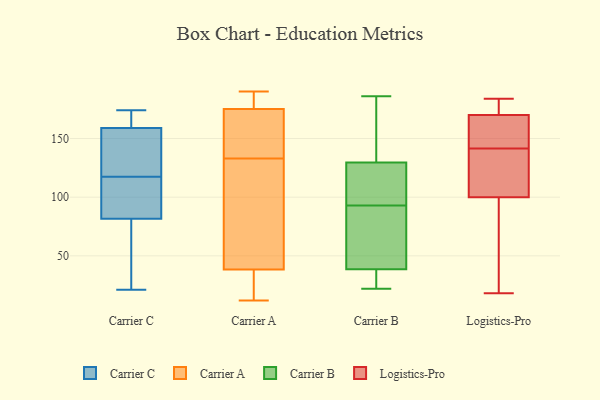
{"axis": {"x": "Churn Rate (%)", "y": "Value"}, "legend": ["Carrier A", "Carrier B", "Carrier C", "Logistics-Pro"], "data": [{"x": "", "y": 143, "type": "Carrier C"}, {"x": "", "y": 118, "type": "Carrier C"}, {"x": "", "y": 67, "type": "Carrier C"}, {"x": "", "y": 96, "type": "Carrier C"}, {"x": "", "y": 29, "type": "Carrier C"}, {"x": "", "y": 117, "type": "Carrier C"}, {"x": "", "y": 152, "type": "Carrier C"}, {"x": "", "y": 167, "type": "Carrier C"}, {"x": "", "y": 174, "type": "Carrier C"}, {"x": "", "y": 47, "type": "Carrier C"}, {"x": "", "y": 138, "type": "Carrier C"}, {"x": "", "y": 166, "type": "Carrier C"}, {"x": "", "y": 116, "type": "Carrier C"}, {"x": "", "y": 105, "type": "Carrier C"}, {"x": "", "y": 21, "type": "Carrier C"}, {"x": "", "y": 170, "type": "Carrier C"}, {"x": "", "y": 40, "type": "Carrier A"}, {"x": "", "y": 174, "type": "Carrier A"}, {"x": "", "y": 49, "type": "Carrier A"}, {"x": "", "y": 156, "type": "Carrier A"}, {"x": "", "y": 190, "type": "Carrier A"}, {"x": "", "y": 188, "type": "Carrier A"}, {"x": "", "y": 133, "type": "Carrier A"}, {"x": "", "y": 18, "type": "Carrier A"}, {"x": "", "y": 33, "type": "Carrier A"}, {"x": "", "y": 179, "type": "Carrier A"}, {"x": "", "y": 154, "type": "Carrier A"}, {"x": "", "y": 125, "type": "Carrier A"}, {"x": "", "y": 12, "type": "Carrier A"}, {"x": "", "y": 130, "type": "Carrier B"}, {"x": "", "y": 176, "type": "Carrier B"}, {"x": "", "y": 119, "type": "Carrier B"}, {"x": "", "y": 186, "type": "Carrier B"}, {"x": "", "y": 68, "type": "Carrier B"}, {"x": "", "y": 32, "type": "Carrier B"}, {"x": "", "y": 90, "type": "Carrier B"}, {"x": "", "y": 129, "type": "Carrier B"}, {"x": "", "y": 22, "type": "Carrier B"}, {"x": "", "y": 31, "type": "Carrier B"}, {"x": "", "y": 96, "type": "Carrier B"}, {"x": "", "y": 45, "type": "Carrier B"}, {"x": "", "y": 181, "type": "Logistics-Pro"}, {"x": "", "y": 77, "type": "Logistics-Pro"}, {"x": "", "y": 93, "type": "Logistics-Pro"}, {"x": "", "y": 154, "type": "Logistics-Pro"}, {"x": "", "y": 178, "type": "Logistics-Pro"}, {"x": "", "y": 180, "type": "Logistics-Pro"}, {"x": "", "y": 100, "type": "Logistics-Pro"}, {"x": "", "y": 163, "type": "Logistics-Pro"}, {"x": "", "y": 120, "type": "Logistics-Pro"}, {"x": "", "y": 162, "type": "Logistics-Pro"}, {"x": "", "y": 184, "type": "Logistics-Pro"}, {"x": "", "y": 18, "type": "Logistics-Pro"}, {"x": "", "y": 133, "type": "Logistics-Pro"}, {"x": "", "y": 46, "type": "Logistics-Pro"}, {"x": "", "y": 170, "type": "Logistics-Pro"}, {"x": "", "y": 102, "type": "Logistics-Pro"}, {"x": "", "y": 150, "type": "Logistics-Pro"}, {"x": "", "y": 120, "type": "Logistics-Pro"}]}